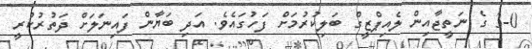
3-0 ގެ ނަތީޖާއިން ލެއިޕްޒީގް ބަލިކުރުމަށް ފަހުގައެވެ. އަދި ބަޔާން ފައިނަލަށް ދަތުރުކުރީ